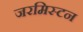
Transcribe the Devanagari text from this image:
जरमिस्टन